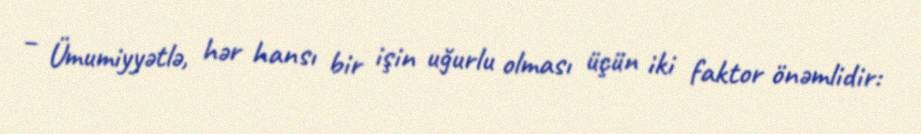
– Ümumiyyətlə, hər hansı bir işin uğurlu olması üçün iki faktor önəmlidir: